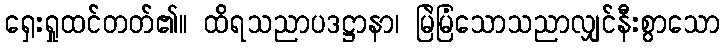
ရှေးရှုထင်တတ်၏။ ထိရသညာပဒဋ္ဌာနာ၊ မြဲမြံသောသညာလျှင်နီးစွာသော